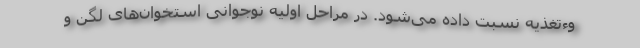
وءتغذیه نسبت داده می‌شود. در مراحل اولیه نوجوانی استخوان‌های لگن و